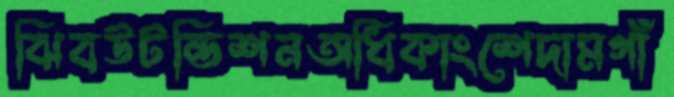
ঝিবউটন্ডিশনঅধিকাংশেদামগাঁ